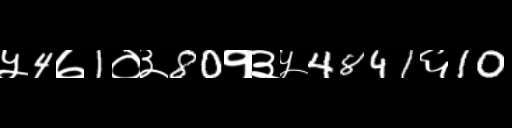
Text: ५4७1०३80१३५4841६10